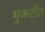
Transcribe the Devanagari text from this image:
भुकटीत